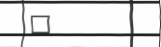
٨